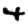
Digit: 4